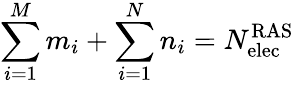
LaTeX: \sum_{i=1}^{M}m_{i}+\sum_{i=1}^{N}n_{i}=N_{\mathrm{elec}}^{\mathrm{RAS}}